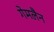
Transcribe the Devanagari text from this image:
गेमलैन